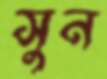
সুন